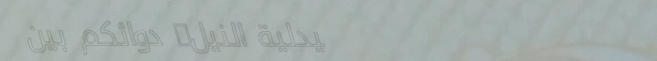
صيدلية النيل: دوائكم بين